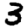
Digit: 3